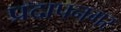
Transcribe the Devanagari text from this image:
प्रदापनगर